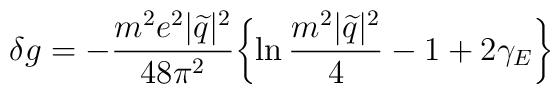
\delta g=-\frac{m^{2}e^{2}|\widetilde{q}|^{2} }{48\pi^{2}}\biggl\{\ln\frac{m^{2}|\widetilde{q}|^{2}}{4}-1+2\gamma_{E}\biggr\}